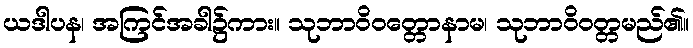
ယဒါပန၊ အကြင်အခါ၌ကား။ သုဘာဝိဝတ္တောနာမ၊ သုဘာဝိဝတ္တမည်၏။